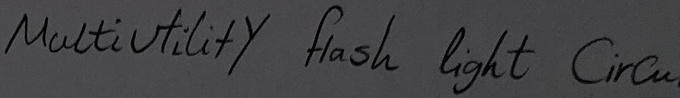
Text: Multiutility  flash  light   Circu